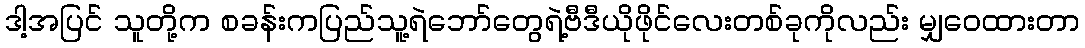
ဒါ့အပြင် သူတို့က စခန်းကပြည်သူ့ရဲဘော်တွေရဲ့ဗီဒီယိုဖိုင်လေးတစ်ခုကိုလည်း မျှဝေထားတာ